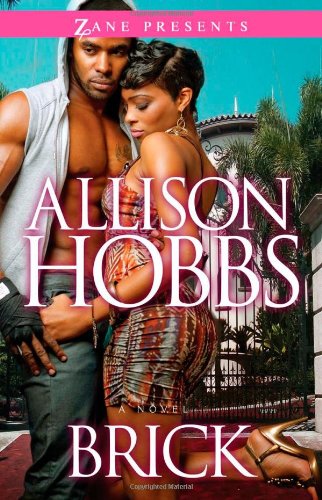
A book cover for Brick; Allison Hobbs; Romance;